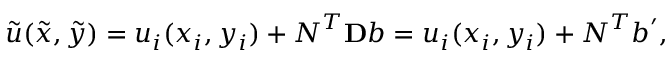
\tilde { u } ( \tilde { x } , \tilde { y } ) = u _ { i } ( x _ { i } , y _ { i } ) + \boldsymbol { N } ^ { T } \mathbf { D } \boldsymbol { b } = u _ { i } ( x _ { i } , y _ { i } ) + \boldsymbol { N } ^ { T } \boldsymbol { b } ^ { \prime } ,